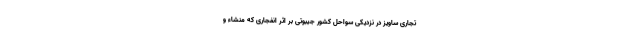
تجاری ساویز در نزدیکی سواحل کشور جیبوتی بر اثر انفجاری که منشاء و